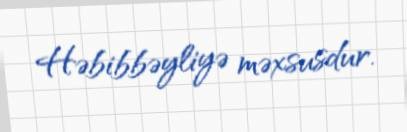
Həbibbəyliyə məxsusdur.